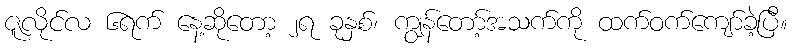
ဇူလိုင်လ ၆ရက် နေ့ဆိုတော့ ၂ရ ခုနှစ်၊ ကျွန်တော့်အသက်ကို ထက်ဝက်ကျော်ခဲ့ပြီ။